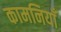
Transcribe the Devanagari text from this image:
कामनियाँ